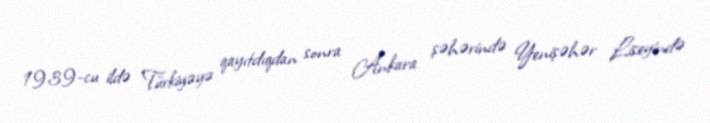
1939-cu ildə Türkiyəyə qayıtdıqdan sonra Ankara şəhərində Yenişəhər Liseyində